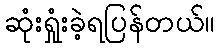
ဆုံးရှုံးခဲ့ရပြန်တယ်။